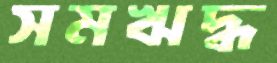
সমঋদ্ধ